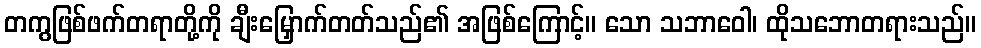
တကွဖြစ်ဖက်တရာတို့ကို ချီးမြှောက်တတ်သည်၏ အဖြစ်ကြောင့်။ သော သဘာဝေါ၊ ထိုသဘောတရားသည်။